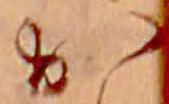
か